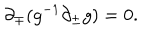
LaTeX: { \partial } _ { \mp } ( g ^ { - 1 } { \partial } _ { \pm } g ) = 0 .